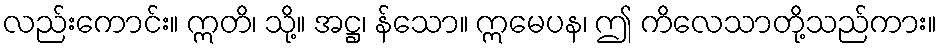
လည်းကောင်း။ ဣတိ၊ သို့။ အဋ္ဌ၊ န်သော။ ဣမေပန၊ ဤ ကိလေသာတို့သည်ကား။